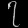
Digit: ၇